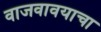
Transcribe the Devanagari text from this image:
वाजवावयाचा